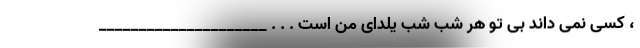
، کسی نمی داند بی تو هر شب شب یلدای من است . . . _____________________